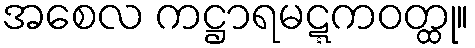
အစေလ ကဋ္ဌာရမဋ္ဋကဝတ္ထု။